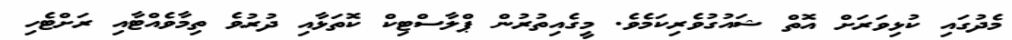
މެދުގައި ކުޅިވަރަށް އޮތް ޝައުގުވެރިކަމެވެ. މީގެއިތުރުން ޕްލާސްޓިކް ކޮތަޅާއި ދުރުވެ ތިމާވެއްޓާއި ރަށްޓެހި